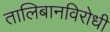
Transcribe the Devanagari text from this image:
तालिबानविरोधी